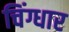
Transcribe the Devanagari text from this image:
चिंग्धार